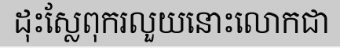
ដុះស្លែពុករលួយនោះលោកជា